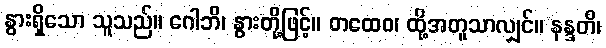
နွားရှိသော သူသည်။ ဂေါဘိ၊ နွားတို့ဖြင့်။ တထေဝ၊ ထို့အတူသာလျှင်။ နန္ဒတိ၊